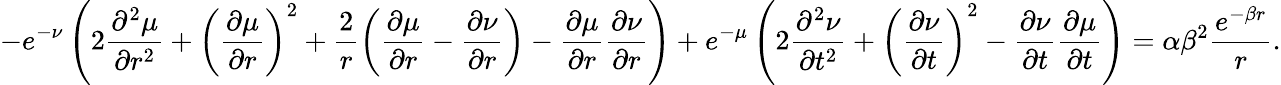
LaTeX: -e^{-\nu}\left(2\frac{\partial^{2}\mu}{\partial r^{2}}+\left(\frac{\partial\mu}{\partial r}\right)^{2}+\frac{2}{r}\left(\frac{\partial\mu}{\partial r}-\frac{\partial\nu}{\partial r}\right)-\frac{\partial\mu}{\partial r}\frac{\partial\nu}{\partial r}\right)+e^{-\mu}\left(2\frac{\partial^{2}\nu}{\partial t^{2}}+\left(\frac{\partial\nu}{\partial t}\right)^{2}-\frac{\partial\nu}{\partial t}\frac{\partial\mu}{\partial t}\right)=\alpha\beta^{2}\frac{e^{-\beta r}}{r}.